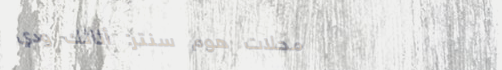
محلات هوم سنتر: أثاثك ودي